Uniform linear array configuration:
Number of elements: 8
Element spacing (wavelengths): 1
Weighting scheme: cosine
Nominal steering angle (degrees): -45
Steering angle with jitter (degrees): -46.854
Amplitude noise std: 0.05
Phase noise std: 0.05

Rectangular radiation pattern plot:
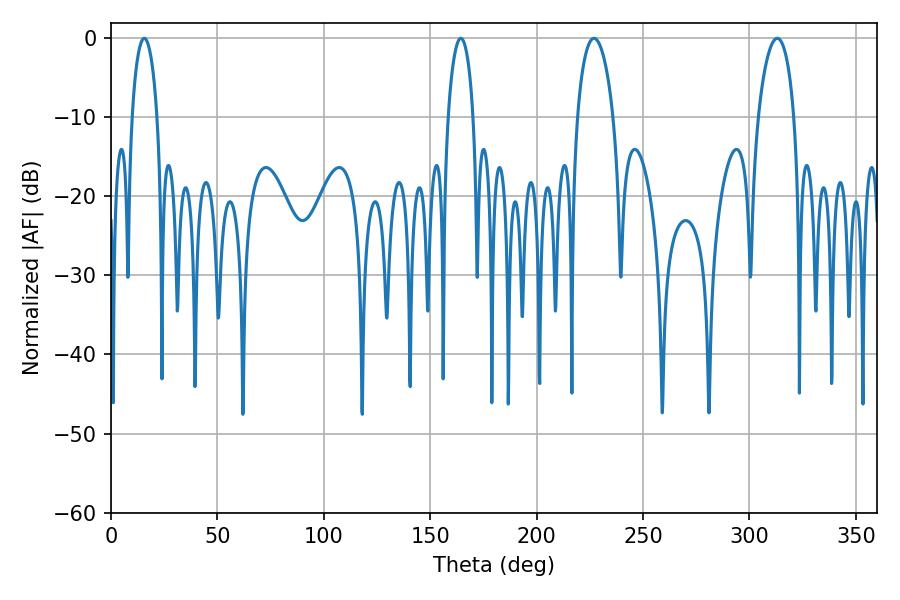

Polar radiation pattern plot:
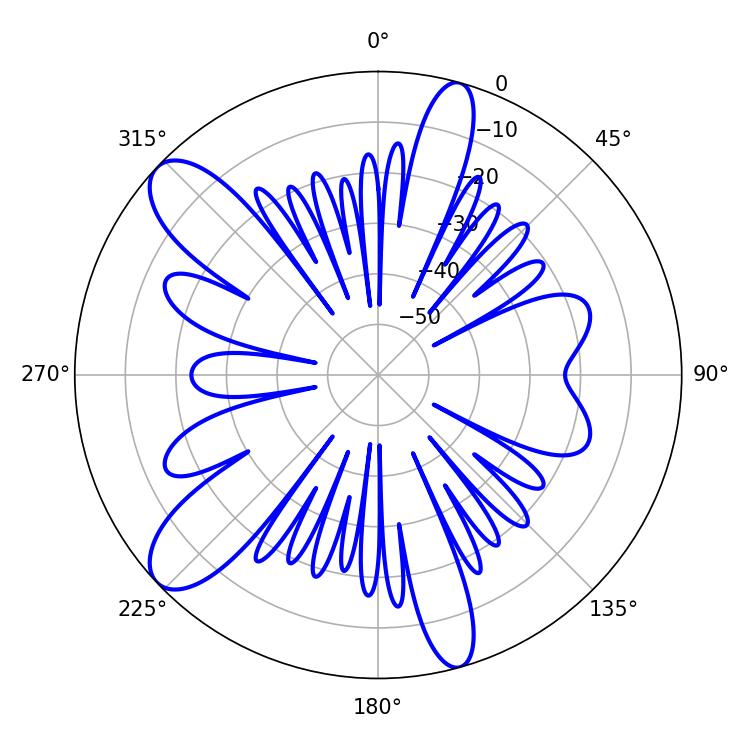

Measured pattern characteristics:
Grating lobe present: TRUE
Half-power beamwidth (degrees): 9.72
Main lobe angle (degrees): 226.98